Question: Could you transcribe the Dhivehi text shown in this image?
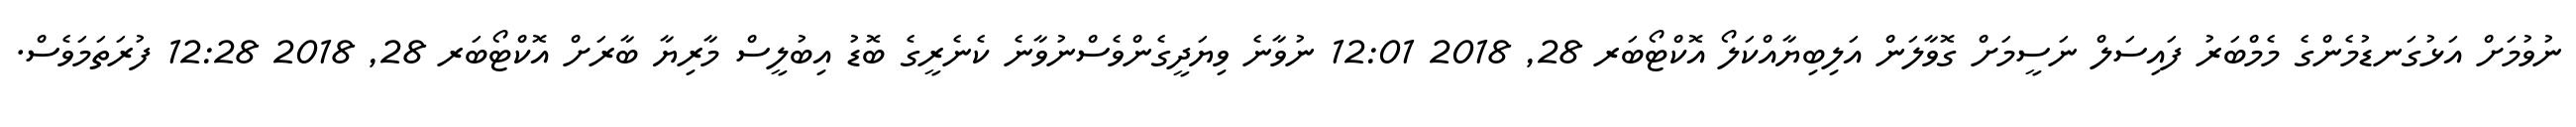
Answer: ނުވުމަށް އަޅުގަނޑުމެންގެ މެމްބަރު ފައިސަލް ނަސީމަށް ގޮވާލަން އަލިބިޔާއްކަލޯ އޮކްޓޯބަރ 28, 2018 12:01 ނުވާނެ ވިޔަދީގެންވެސްނުވާނެ ކެނެރީގެ ބޮޑު އިބުލީސް މާރިޔާ ބާރަށް އޮކްޓޯބަރ 28, 2018 12:28 ފުރަތަމަވެސް.